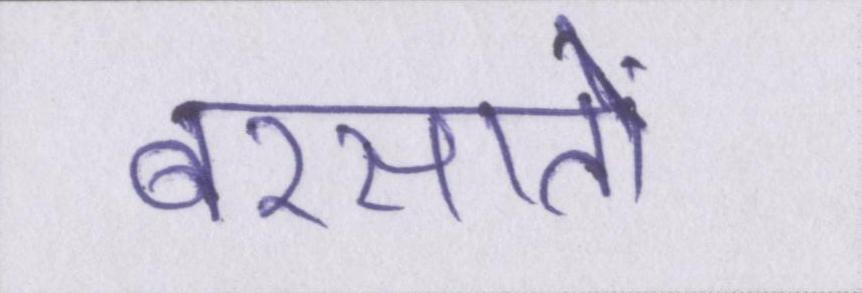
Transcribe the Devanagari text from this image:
बरसातों